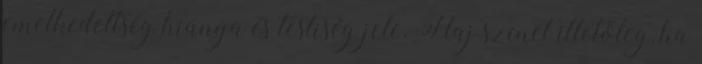
emelkedettség hiánya és testiség jele. Haj színét illetőleg, ha